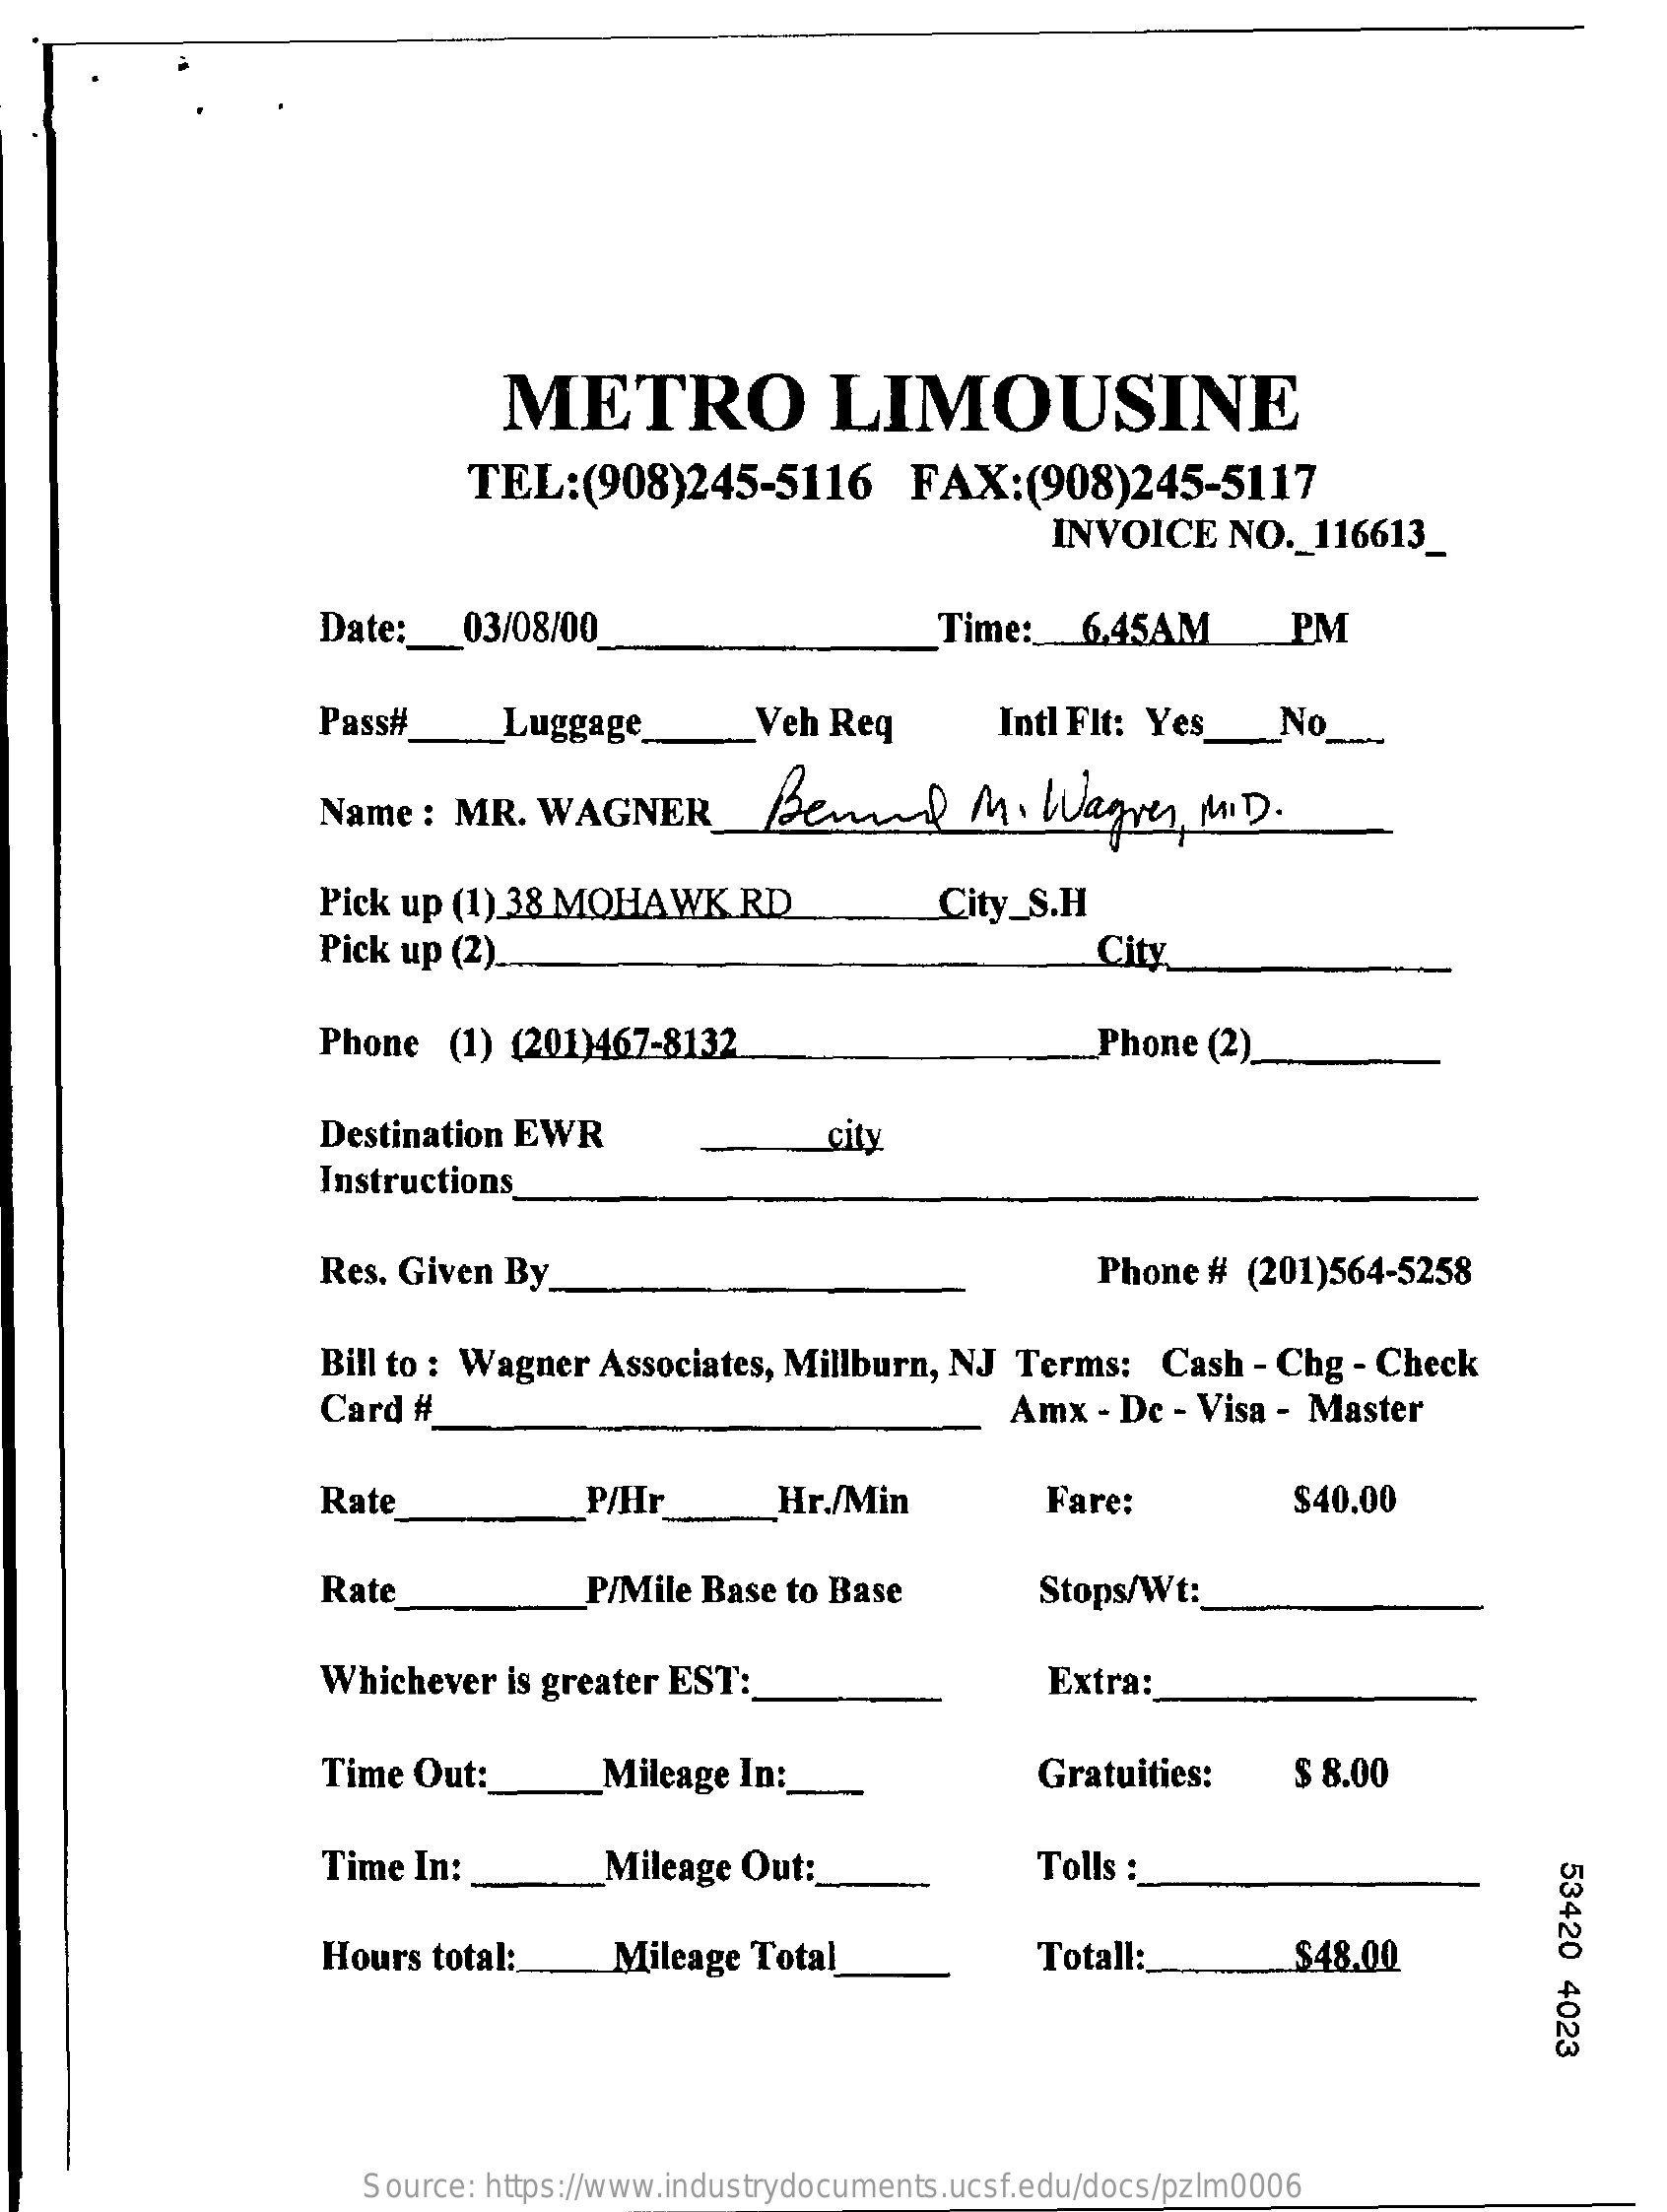
METRO    LIMOUSINE
     TEL:(908)245-5116    FAX:(908)245-5117
     INVOICE   NO  ._ 116613_
     Date :_  03/08/00    Time:   6.45AM    PM
     Pass#_    Luggage    Veh Req    Intl Flt: Yes_No_
     Name   : MR.  WAGNER    Benin    M.  Wagres,   MID  .
     Pick up (1) 38 MOHAWK    RD    City_S.H
     Pick up (2).    City
     Phone   (1) (201)467-8132    Phone  (2).
     Destination EWR    city
     Instructions
     Res. Given  By    Phone  # (201)564-5258
     Bill to : Wagner  Associates, Millburn, NJ  Terms:   Cash  - Chg - Check
     Card #    Amx  - Dc - Visa - Master
     Rate    P/Hr    Hr./Min    Fare:    $40.00
     Rate    P/Mile Base to Base    Stops/Wt:
     Whichever   is greater EST:    Extra:
     Time  Out:    Mileage  In:    Gratuities:    $ 8.00
     Time In:    Mileage  Out:    Tolls :
     53420
     4023
     Hours total:    Mileage  Total    Totall:    $48.00
     Source: https://www.industrydocuments.ucsf.edu/docs/pzlm0006